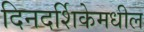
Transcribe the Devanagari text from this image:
दिनदर्शिकेमधील